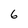
Character: 6